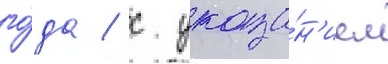
го́да / с указа́н'ием